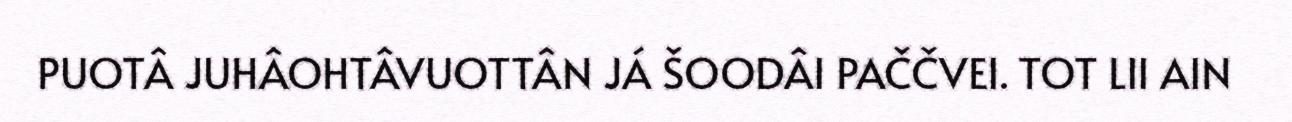
PUOTÂ JUHÂOHTÂVUOTTÂN JÁ ŠOODÂI PAČČVEI. TOT LII AIN